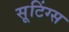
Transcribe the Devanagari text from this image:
सूटिंग्स